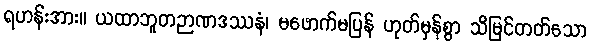
ရဟန်းအား။ ယထာဘူတဉာဏဒဿနံ၊ မဖောက်မပြန် ဟုတ်မှန်စွာ သိမြင်တတ်သော